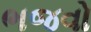
ભજવો